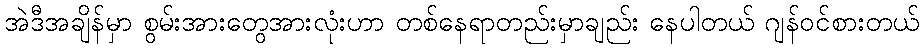
အဲဒီအချိန်မှာ စွမ်းအားတွေအားလုံးဟာ တစ်နေရာတည်းမှာချည်း နေပါတယ် ဂျန်ဝင်စားတယ်